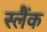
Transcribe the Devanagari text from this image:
स्लैंक